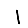
Digit: 1